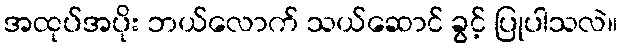
အထုပ်အပိုး ဘယ်လောက် သယ်ဆောင် ခွင့် ပြုပါသလဲ။